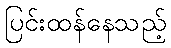
ပြင်းထန်နေသည့်